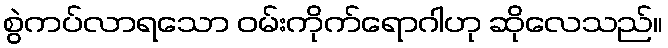
စွဲကပ်လာရသော ဝမ်းကိုက်ရောဂါဟု ဆိုလေသည်။